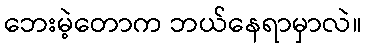
ဘေးမဲ့တောက ဘယ်နေရာမှာလဲ။